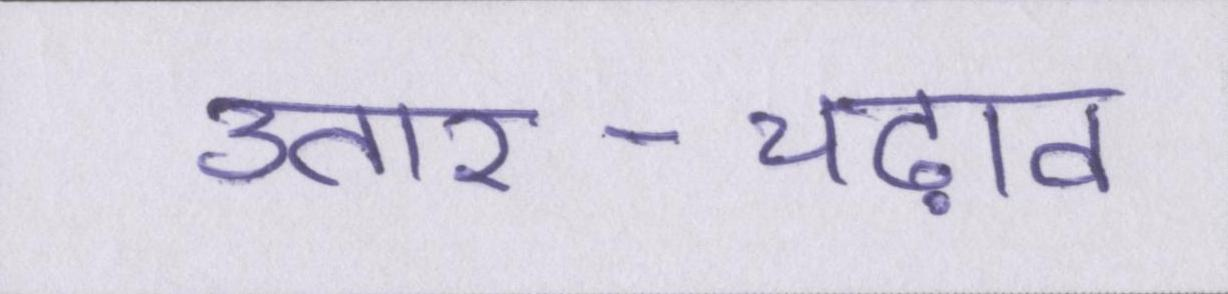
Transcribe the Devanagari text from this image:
उतार-चढ़ाव